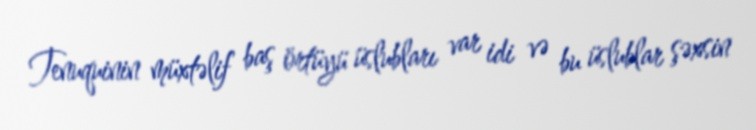
Tenuquinin müxtəlif baş örtüyü üslubları var idi və bu üslublar şəxsin